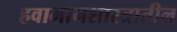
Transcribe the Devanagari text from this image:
हवामानशास्त्रातील